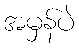
အမှန်ပဲ